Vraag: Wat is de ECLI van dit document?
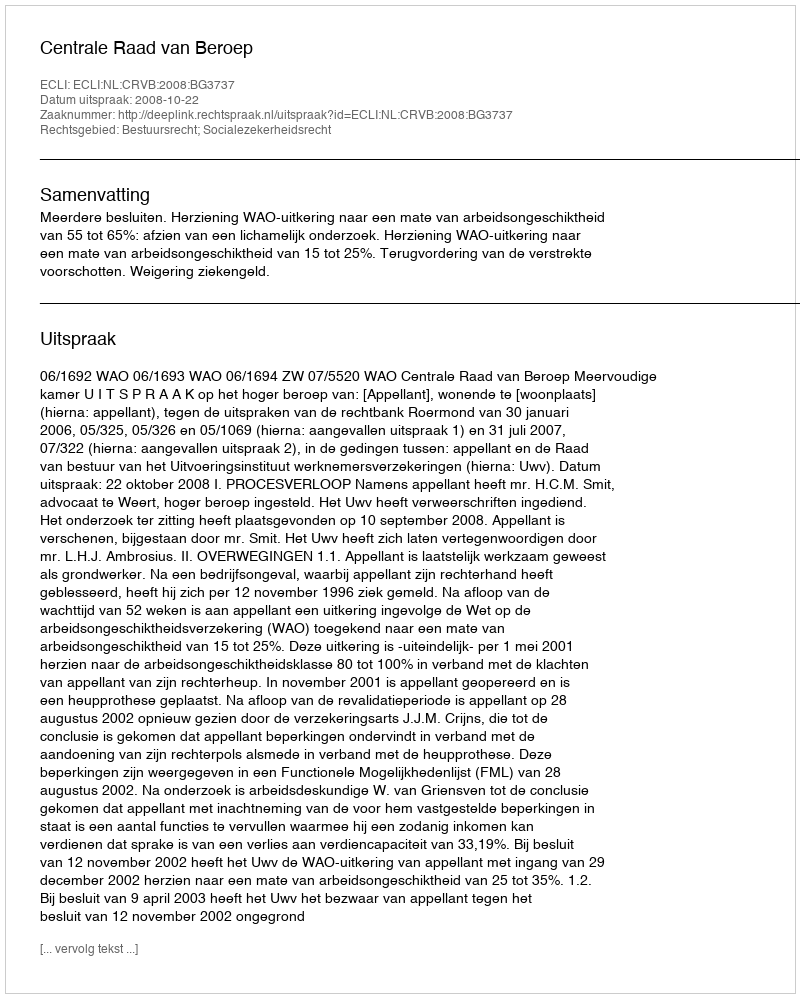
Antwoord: ECLI:NL:CRVB:2008:BG3737